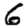
Digit: 6